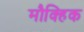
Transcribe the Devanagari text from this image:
मौक्हिक